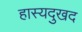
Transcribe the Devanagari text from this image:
हास्यदुखद